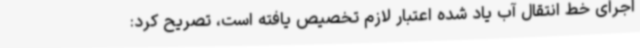
اجرای خط انتقال آب یاد شده اعتبار لازم تخصیص یافته است، تصریح کرد: